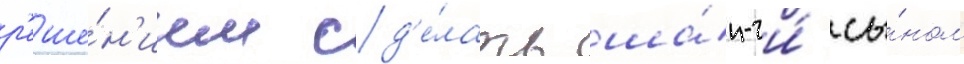
р'еше́н'ием сд'е́лать ша́н-чи́ сы́ном